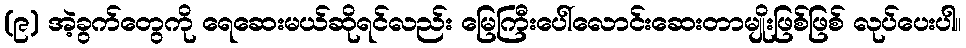
(၉) အဲ့ခွက်တွေကို ရေဆေးမယ်ဆိုရင်လည်း မြေကြီးပေါ်လောင်းဆေးတာမျိုးဖြစ်ဖြစ် လုပ်ပေးပါ။